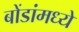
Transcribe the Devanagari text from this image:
बोंडांमध्ये